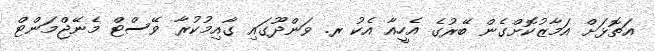
އަތޮޅަށް އަމާޒުކޮށްގެން ބޭރުގެ އެހީއާ އެކު ރ. ވަންދޫގައި ގާއިމުކުރާ ވޭސްޓް މެނޭޖްމަންޓް